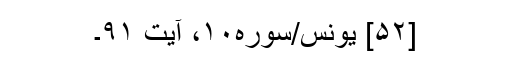
[۵۲] یونس/سوره۱۰، آیت ۹۱۔